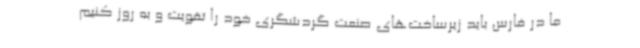
ما در فارس باید زیرساخت‌های صنعت گردشگری خود را تقویت و به روز کنیم